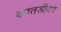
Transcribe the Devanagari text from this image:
कातडीवर